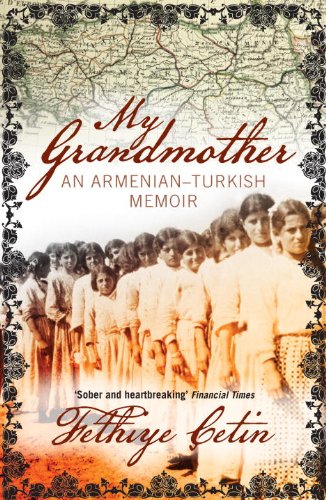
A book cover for My Grandmother: An Armenian-Turkish Memoir; Fethiye Cetin; History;